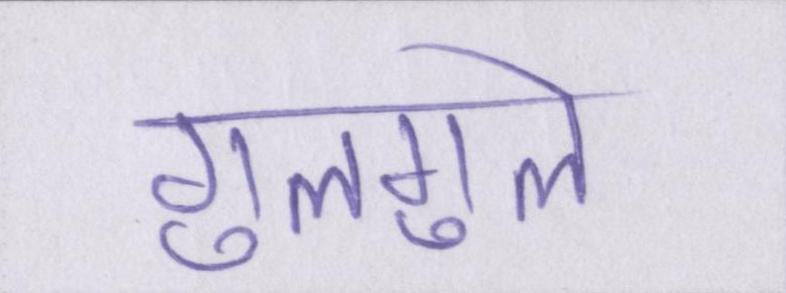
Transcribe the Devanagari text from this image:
गुलगुले